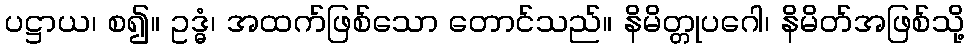
ပဋ္ဌာယ၊ စ၍။ ဥဒ္ဓံ၊ အထက်ဖြစ်သော တောင်သည်။ နိမိတ္တုပဂေါ၊ နိမိတ်အဖြစ်သို့